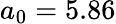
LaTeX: a_{0}=5.86